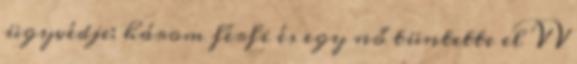
ügyvédje: három férfi és egy nő tüntette el VV